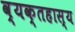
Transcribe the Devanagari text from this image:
व्यक्तहास्य